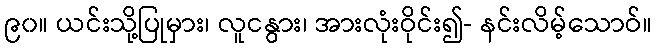
၉၀။ ယင်းသို့ပြုမှား၊ လူငနွား၊ အားလုံးဝိုင်း၍- နင်းလိမ့်သောဝ်။